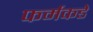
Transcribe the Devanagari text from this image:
फर्मकडे